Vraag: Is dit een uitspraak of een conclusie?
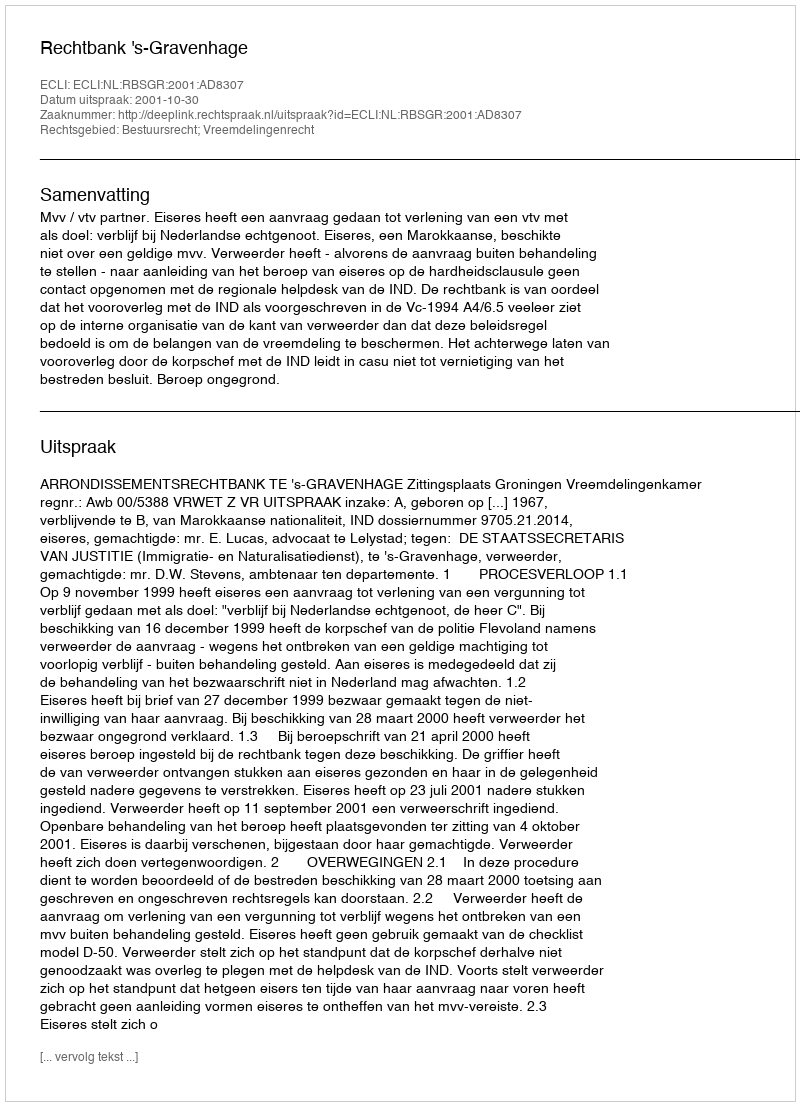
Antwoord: Uitspraak